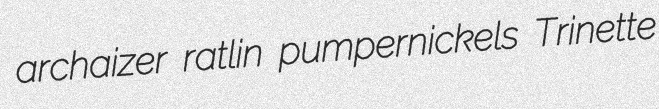
archaizer ratlin pumpernickels Trinette